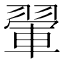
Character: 翬